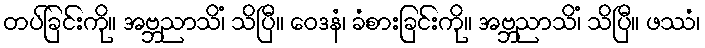
တပ်ခြင်းကို။ အဗ္ဘညာသိံ၊ သိပြီ။ ဝေဒနံ၊ ခံစားခြင်းကို။ အဗ္ဘညာသိံ၊ သိပြီ။ ဖဿံ၊